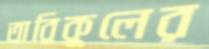
তারিকুলের